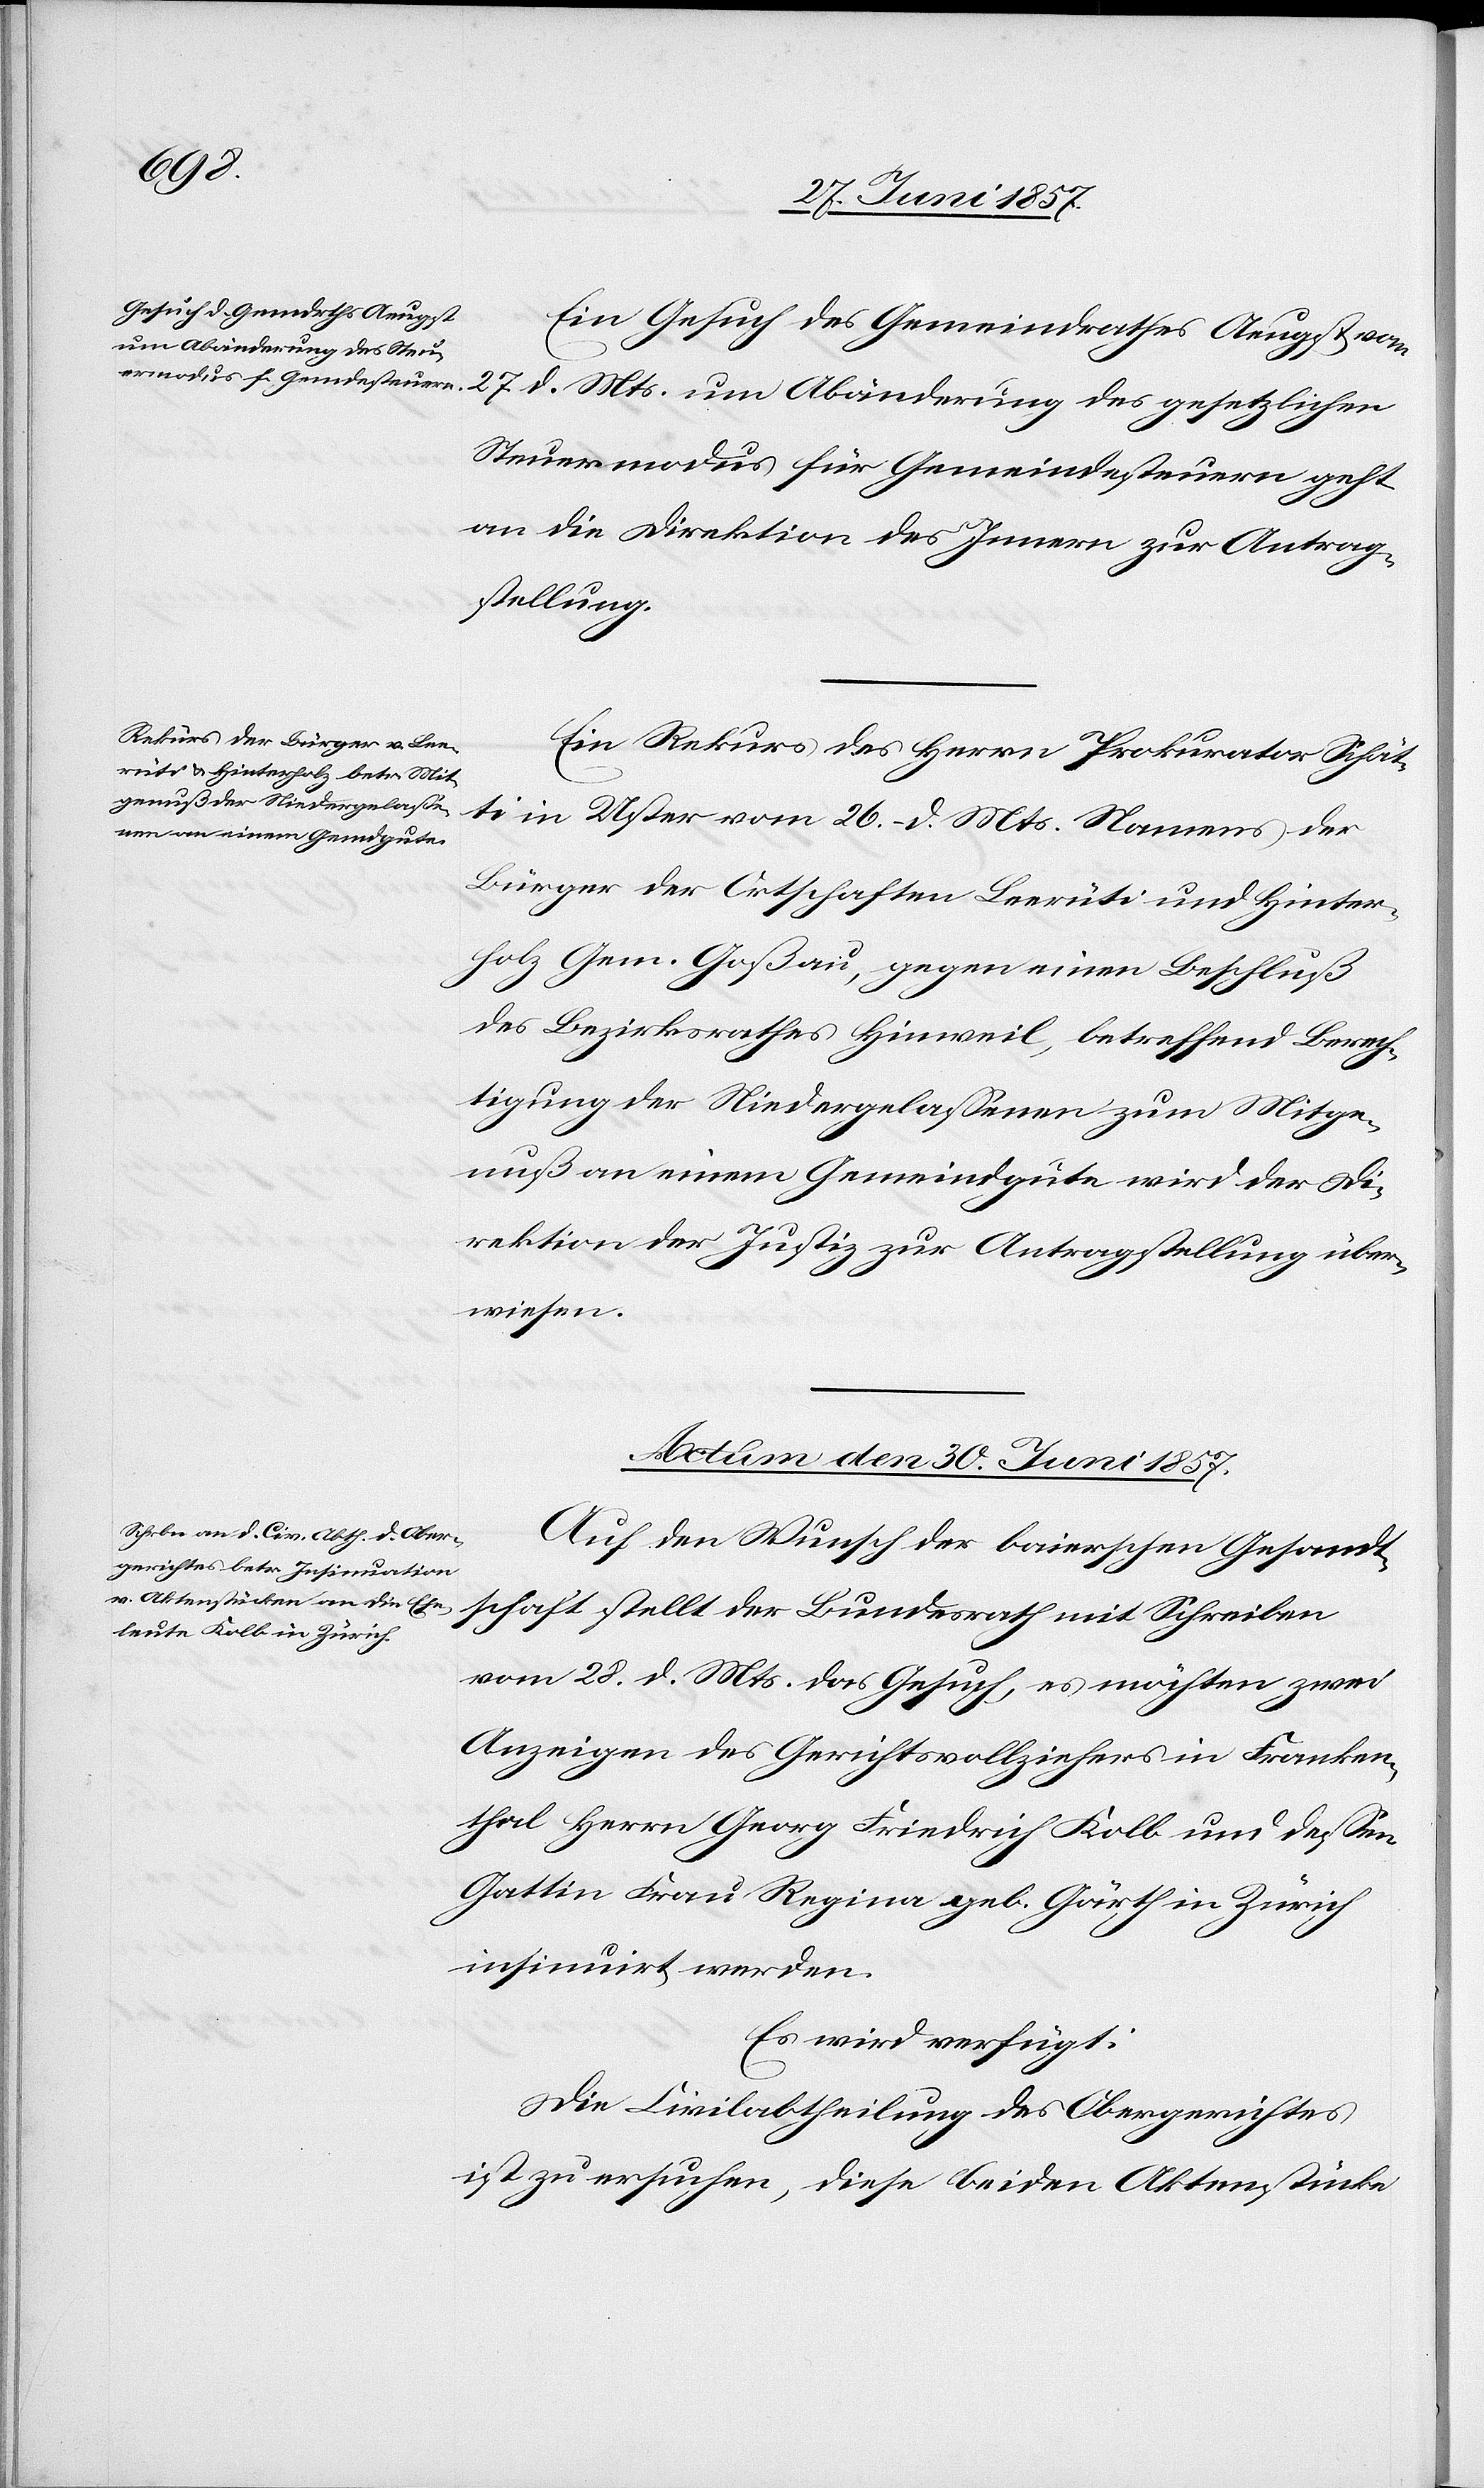
Mts.
Ein Gesuch des Gemeindrathes August vom
um Abänderung des ge¬
Steuermodus für Gemeindesteuern geht
an die Direktion des Innern zur Antrag¬
stellung.
Ein Rekurs des Herrn Prokurator Schät¬
ti in Uster vom 26 d. Mts. Namens der
Bürger der Ortschaften Leerüti und Hinter¬
holz Gem. Goßau, gegen einen Beschluß
des Bezirksrathes Hinweil, betreffend Berech¬
tigung der Niedergelassenen zum Mitge¬
nuß an einem Gemeindgute wird der Di¬
rektion der Justiz zur Antragstellung über¬
wiesen.
Actum den 30 Juni 1857.
Auf den Wunsch der baierschen Gesandt¬
l-Verfügungen.]
schaft stellt der Bundesrath mit Schreiben
vom 28 d. Mts. das Gesuch, es möchten zwei
Anzeigen des Gerichtsvollziehers in Franken¬
thal Herrn Georg Friedrich Kolb und dessen
Gattin Frau Regina geb. Gärth in Zürich
insinuirt werden.
Es wird verfügt:
Die Civilabtheilung des Obergerichtes
ist zu ersuchen, diese beiden Aktenstücke